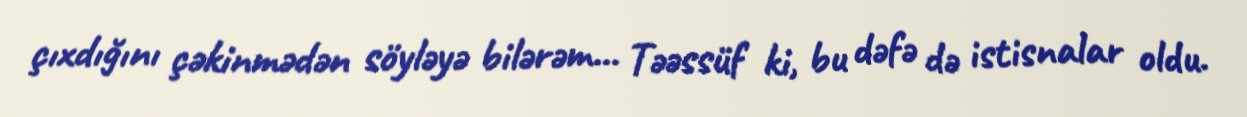
çıxdığını çəkinmədən söyləyə bilərəm... Təəssüf ki, bu dəfə də istisnalar oldu.